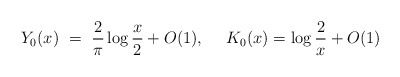
\begin{align*}Y_0(x)\ =\ \frac{2}{\pi}\log\frac{x}{2}+O(1),\ \ \ \ K_0(x)=\log\frac{2}{x}+O(1)\end{align*}